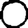
Digit: 0